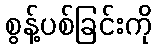
စွန့်ပစ်ခြင်းကို